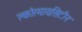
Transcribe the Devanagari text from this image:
क्लोरमायसिटीन